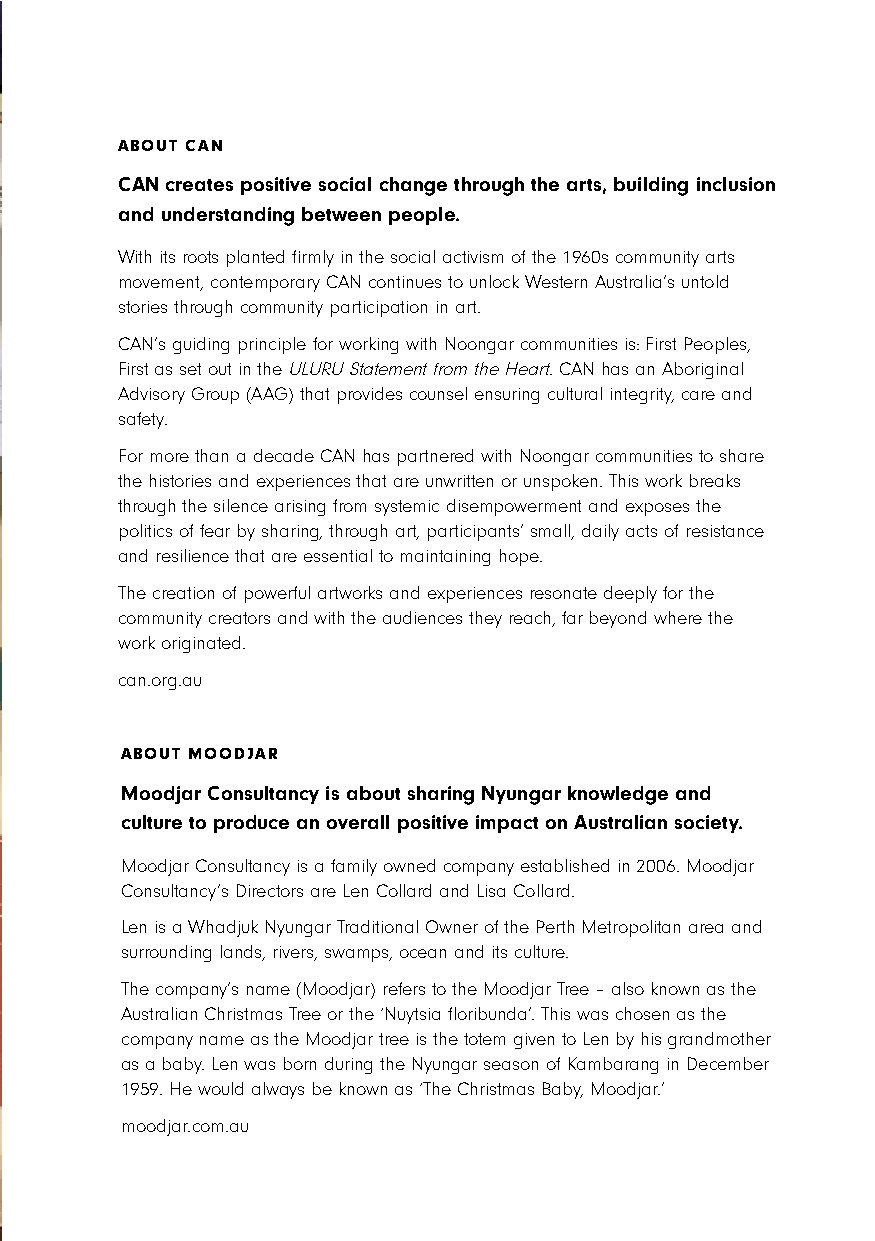
ABOUT CAN
 CAN creates positive social change through the arts, building inclusion
 and understanding between people.
 With its roots planted firmly in the social activism of the 1960s community arts
 movement, contemporary CAN continues to unlock Western Australia’s untold
 stories through community participation in art.
 CAN’s guiding principle for working with Noongar communities is: First Peoples,
 First as set out in the ULURU Statement from the Heart. CAN has an Aboriginal
 Advisory Group (AAG) that provides counsel ensuring cultural integrity, care and
 safety.
 For more than a decade CAN has partnered with Noongar communities to share
 the histories and experiences that are unwritten or unspoken. This work breaks
 through the silence arising from systemic disempowerment and exposes the
 politics of fear by sharing, through art, participants’ small, daily acts of resistance
 and resilience that are essential to maintaining hope.
 The creation of powerful artworks and experiences resonate deeply for the
 community creators and with the audiences they reach, far beyond where the
 work originated.
 can.org.au
 ABOUT MOODJAR
 Moodjar Consultancy is about sharing Nyungar knowledge and
 culture to produce an overall positive impact on Australian society.
 Moodjar Consultancy is a family owned company established in 2006. Moodjar
 Consultancy’s Directors are Len Collard and Lisa Collard.
 Len is a Whadjuk Nyungar Traditional Owner of the Perth Metropolitan area and
 surrounding lands, rivers, swamps, ocean and its culture.
 The company’s name (Moodjar) refers to the Moodjar Tree – also known as the
 Australian Christmas Tree or the ‘Nuytsia floribunda’. This was chosen as the
 company name as the Moodjar tree is the totem given to Len by his grandmother
 as a baby. Len was born during the Nyungar season of Kambarang in December
 1959. He would always be known as ‘The Christmas Baby, Moodjar.’
 moodjar.com.au